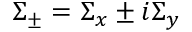
\Sigma _ { \pm } = \Sigma _ { x } \pm i \Sigma _ { y }